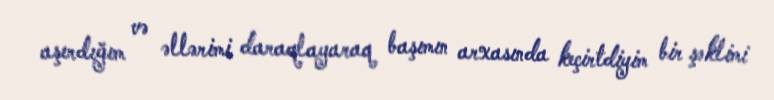
aşırdığım və əllərimi daraqlayaraq başımın arxasında keçirtdiyim bir şəklimi